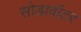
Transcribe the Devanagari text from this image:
सोडावॉटर